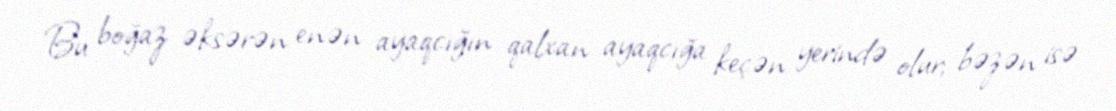
Bu boğaz əksərən enən ayaqcığın qalxan ayaqcığa keçən yerində olur; bəzən isə